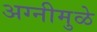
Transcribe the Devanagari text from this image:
अग्नीमुळे